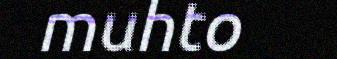
muhto